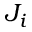
J _ { i }